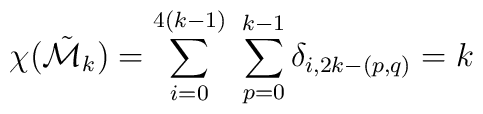
\chi(\tilde{\cal M}_{k})=\sum_{i=0}^{4(k-1)} \ \sum_{p=0}^{k-1} \delta_{i,2k-(p,q)} = k